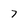
Character: 7